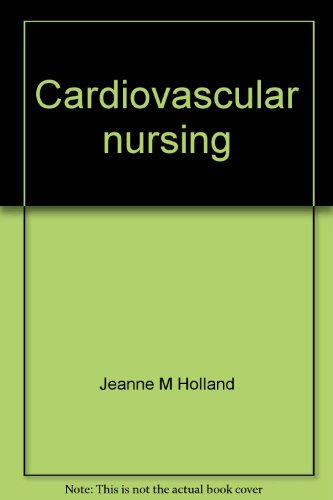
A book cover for Cardiovascular nursing: Prevention, intervention, and rehabilitation (Series in continuing education for nurses); Jeanne M Holland; Medical Books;